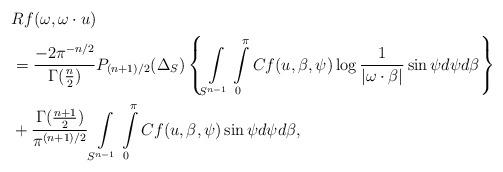
LaTeX: \begin{align*} &Rf(\omega, \omega \cdot u) \\ &=\frac{-2\pi^{-n/2}}{\Gamma(\frac{n}{2})}P_{(n+1)/2}(\Delta_S)\left\{\int\limits_{S^{n-1}} \int\limits_0^\pi Cf(u,\beta,\psi)\log{\frac{1}{|\omega\cdot \beta|}}\sin\psi d\psi d\beta \right\} \\ &+\frac{\Gamma(\frac{n+1}{2})}{\pi^{(n+1)/2}}\int\limits_{S^{n-1}}\int\limits_0^\pi Cf(u,\beta,\psi)\sin\psi d\psi d\beta, \end{align*}